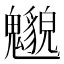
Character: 𲌰